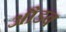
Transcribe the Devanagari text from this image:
औडब